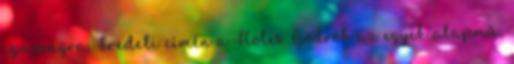
igazságra. Eredeti címén a Holes Gödrök az egyik alapmű,